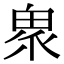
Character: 𤲄